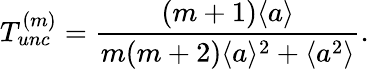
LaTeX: T_{unc}^{(m)}=\frac{\left(m+1\right)\langle a\rangle}{m(m+2)\langle a\rangle^{2}+\langle a^{2}\rangle}.